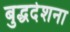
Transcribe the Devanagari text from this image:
बुद्धदेशना